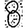
Digit: 8